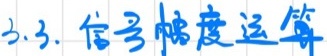
2.3. 信号幅度运算